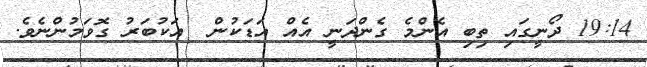
19:14 ދޯނީގައި ތިބި އެންމެ ގެންދަނީ އެއް އަޑަކުން  އަކުބަރު ގޮވަމުންނެވެ.